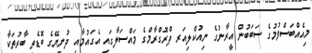
މިއެއްބަސްވުމުގެ ސަބަބުން އީރާނުގެ ނިއުކްލިއަރ ޕްރޮގްރާމްގެ މައްސަލާގައި އެގައުމާއި ދުނިޔޭގެ ބޮޑެތި ބާރުތަކާ